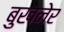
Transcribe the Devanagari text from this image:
बुखनेर